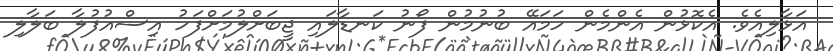
އަޅާލިއެވެ. އެކޮޅުން އެންމެން ހަމައޭ ބުނުމުން ފޯނު ކަނޑާލައި ޖީބަށްލުމަށްފަހު އިސްއުފުލާ ބަލާލި